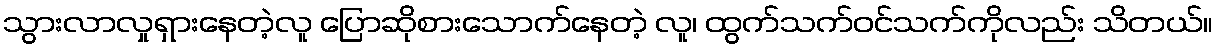
သွားလာလှုရှားနေတဲ့လူ ပြောဆိုစားသောက်နေတဲ့ လူ၊ ထွက်သက်ဝင်သက်ကိုလည်း သိတယ်။